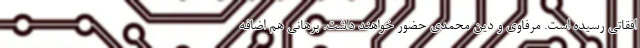
افقاتی رسیده است. مرفاوی و دین محمدی حضور خواهند داشت. برهانی هم اضافه